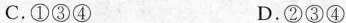
C.①③④ D.②③④